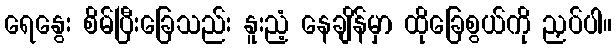
ရေနွေး စိမ်ပြီးခြေသည်း နူးညံ့ နေချိန်မှာ ထိုခြေစွယ်ကို ညှပ်ပါ။